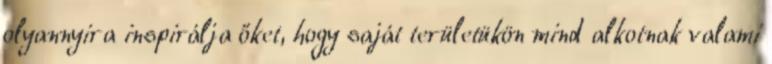
olyannyira inspirálja őket, hogy saját területükön mind alkotnak valami